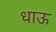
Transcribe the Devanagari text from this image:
धाऊ